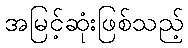
အမြင့်ဆုံးဖြစ်သည့်